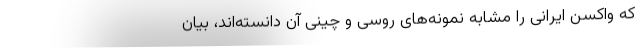
که واکسن ایرانی را مشابه نمونه‌های روسی و چینی آن دانسته‌اند، بیان